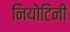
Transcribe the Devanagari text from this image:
नियोटिनी